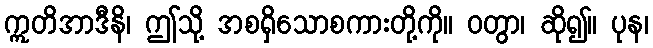
ဣတိအာဒီနိ၊ ဤသို့ အစရှိသောစကားတို့ကို။ ဝတွာ၊ ဆို၍။ ပုန၊